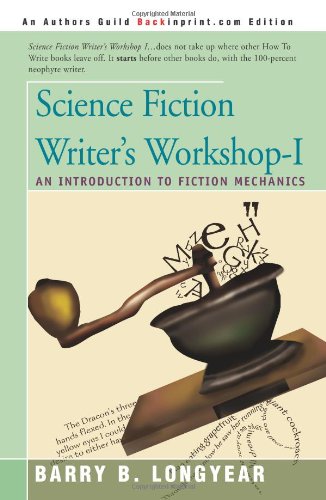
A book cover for Science Fiction Writer's Workshop-I: An Introduction to Fiction Mechanics; Barry Longyear; Science Fiction & Fantasy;